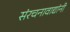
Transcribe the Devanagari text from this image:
संरचनावाद्यांनी